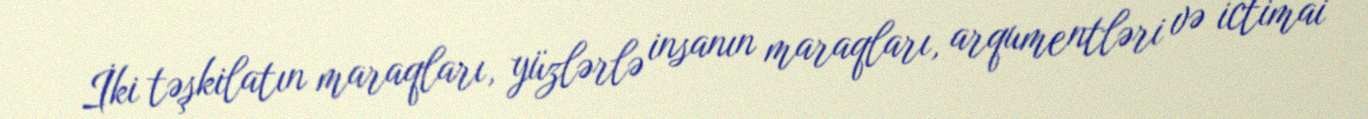
İki təşkilatın maraqları, yüzlərlə insanın maraqları, arqumentləri və ictimai